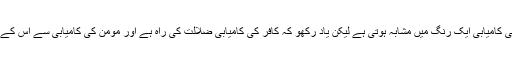
بظاہر ایک ہندو اور ایک مومن کی کامیابی ایک رنگ میں مشابہ ہوتی ہے لیکن یاد رکھو کہ کافر کی کامیابی ضلالت کی راہ ہے اور مومن کی کامیابی سے اس کے لئے نعمتوں کا دروازہ کھلتا ہے۔